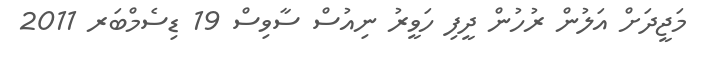
މަޖީދަށް އަލުން ރުހުން ދީފި ހަވީރު ނިއުސް ސާވިސް 19 ޑިސެމްބަރ 2011